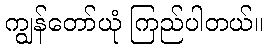
ကျွန်တော်ယုံ ကြည်ပါတယ်။